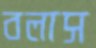
বলাস